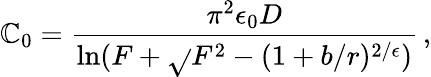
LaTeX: \mathbb{C}_{0}=\frac{{\pi^{2}\epsilon_{0}D}}{{\ln(F+\sqrt{}{{F^{2}-(1+b/r)^{2/\epsilon}}})}}\, ,